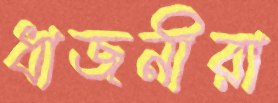
ধাজনীরা